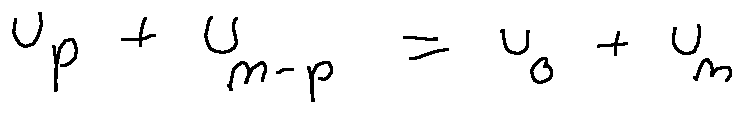
u _ { p } + u _ { n - p } = u _ { 0 } + u _ { n }